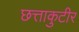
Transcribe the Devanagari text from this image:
छत्ताकुटीर